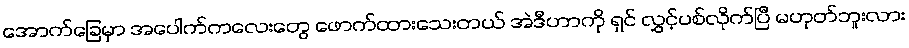
အောက်ခြေမှာ အပေါက်ကလေးတွေ ဖောက်ထားသေးတယ် အဲဒီဟာကို ရှင် လွှင့်ပစ်လိုက်ပြီ မဟုတ်ဘူးလား